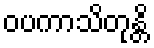
ဝပကာသိတုန္တိ